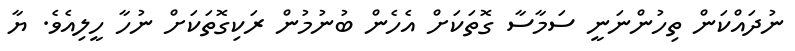
ނުދައްކަން ތިހުންނަނީ ސަމާސާ ގޮތަކަށް އެހެން ބުނުމުން ރަކިގޮތަކަށް ނުހާ ހީލިއެވެ. ޔާ